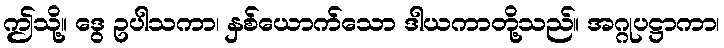
ဤသို့။ ဒွေ ဥပါသကာ၊ နှစ်ယောက်သော ဒါယကာတို့သည်။ အဂ္ဂုပဋ္ဌာကာ၊